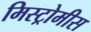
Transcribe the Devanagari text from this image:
मिस्ट्रोमीस